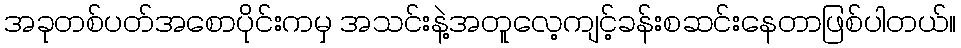
အခုတစ်ပတ်အစောပိုင်းကမှ အသင်းနဲ့အတူလေ့ကျင့်ခန်းစဆင်းနေတာဖြစ်ပါတယ်။